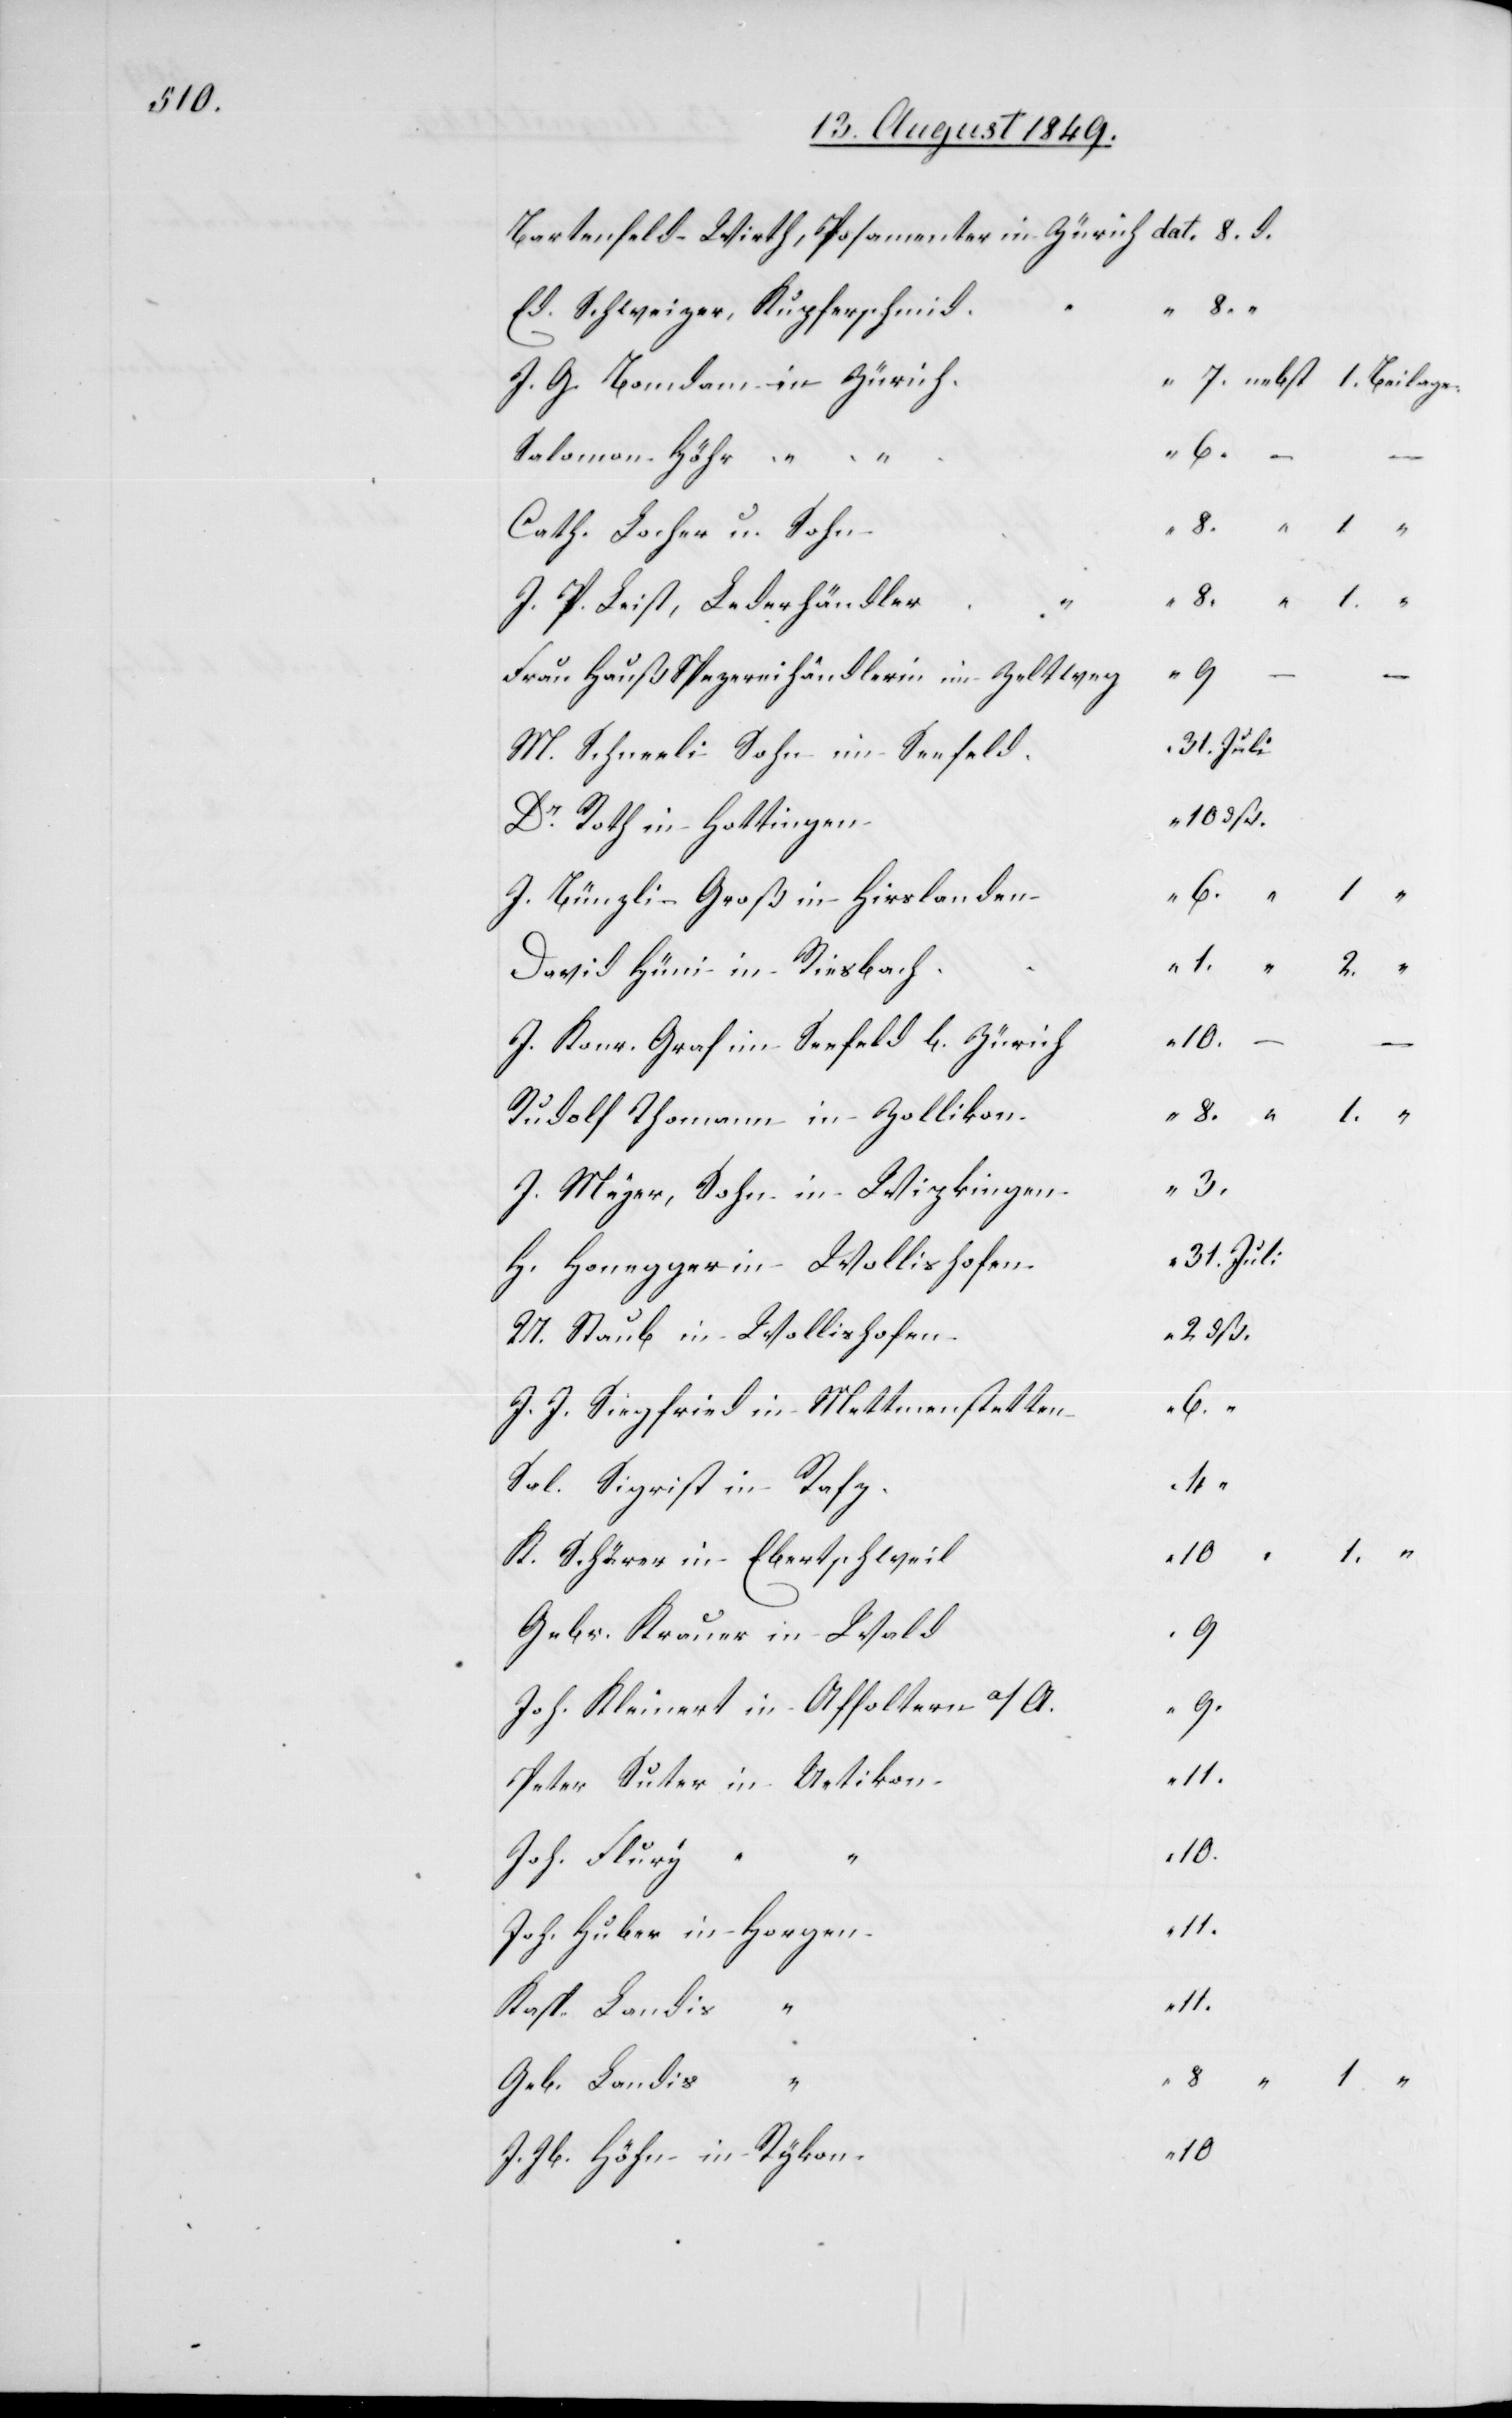
Bartenfeld-Wirth, Posamenter in Zürich
Ed. Schweizer, Kupferschmid.
2
J. G. Bomdam in Zürich.
6.
Salomon Höhr “
Cath. Locher u. Sohn
J. P. Leist, Lederhändler
Frau Hauß Spezereihändlerin im Zeltweg
M. Schneeli Sohn im Seefeld
Dr Roth in Hottingen
J. Bünzli Groß in Hirslanden
“
David Hüni in Riesbach
2.
“
10
J. Konr. Graf im Seefeld b. Zürich
8.
Rudolf Thomann in Zollikon
J. Meyer, Sohn in Wipkingen
H. Honegger in Wollishofen
U. Staub in Wollishofen
J. J. Siegfried in Mettmenstetten
6.
Sal. Siegrist in Rafz
“
1
K. Schärer in Ebertschweil
9.
Gebr. Krauer in Wald
Joh. Kleinert in Affoltern a/A.
Peter Suter in Uetikon
Joh. Flury
10.
Joh. Huber in Horgen
11.
Kasp. Landis
“
3.
Geb. Landis
8
J. Jb. Höhn in Rykon.